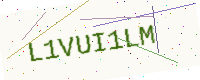
Text: L1VUI1LM